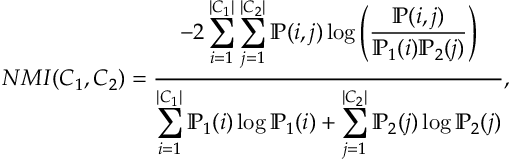
N M I ( C _ { 1 } , C _ { 2 } ) = \frac { - 2 \displaystyle \sum _ { i = 1 } ^ { | C _ { 1 } | } \sum _ { j = 1 } ^ { | C _ { 2 } | } \mathbb { P } ( i , j ) \log \left( \frac { \mathbb { P } ( i , j ) } { \mathbb { P } _ { 1 } ( i ) \mathbb { P } _ { 2 } ( j ) } \right) } { \displaystyle \sum _ { i = 1 } ^ { | C _ { 1 } | } \mathbb { P } _ { 1 } ( i ) \log \mathbb { P } _ { 1 } ( i ) + \displaystyle \sum _ { j = 1 } ^ { | C _ { 2 } | } \mathbb { P } _ { 2 } ( j ) \log \mathbb { P } _ { 2 } ( j ) } { , }